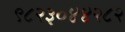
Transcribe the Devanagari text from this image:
९८२३०४४२८२